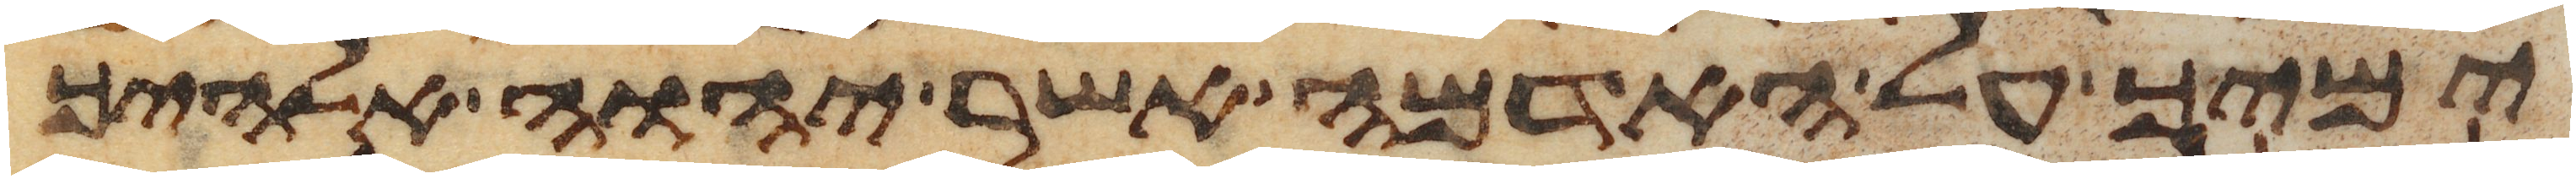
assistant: ימיך על האדמה אשר יהוה אלהיך